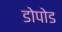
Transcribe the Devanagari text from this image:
डोपोड